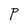
Character: P